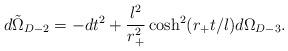
LaTeX: \begin{align*}d\tilde\Omega_{D-2}=-dt^2+\frac{l^2}{r_+^2}\cosh^2(r_+t/l)d\Omega_{D-3}.\end{align*}